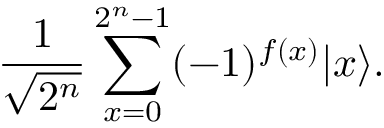
{ \frac { 1 } { \sqrt { 2 ^ { n } } } } \sum _ { x = 0 } ^ { 2 ^ { n } - 1 } ( - 1 ) ^ { f ( x ) } | x \rangle .